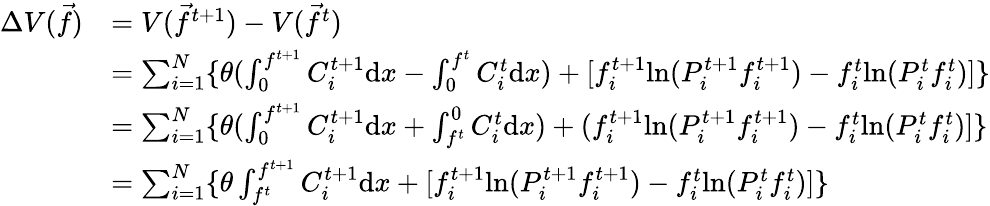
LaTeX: \begin{array}{rl}{\Delta V(\vec{f})}&{=V(\vec{f}^{t+1})-V(\vec{f}^{t})}\\ &{=\sum_{i=1}^{N}\{ \theta(\int_{0}^{f^{t+1}}{C_{i}^{t+1}}\mathrm{d}x-\int_{0}^{f^{t}}{C_{i}^{t}}\mathrm{d}x)+[f_{i}^{t+1}\mathrm{ln}(P_{i}^{t+1}f_{i}^{t+1})-f_{i}^{t}\mathrm{ln}(P_{i}^{t}f_{i}^{t})]\} }\\ &{=\sum_{i=1}^{N}\{ \theta(\int_{0}^{f^{t+1}}{C_{i}^{t+1}}\mathrm{d}x+\int_{f^{t}}^{0}{C_{i}^{t}}\mathrm{d}x)+(f_{i}^{t+1}\mathrm{ln}(P_{i}^{t+1}f_{i}^{t+1})-f_{i}^{t}\mathrm{ln}(P_{i}^{t}f_{i}^{t})]\} }\\ &{=\sum_{i=1}^{N}\{ \theta\int_{f^{t}}^{f^{t+1}}{C_{i}^{t+1}}\mathrm{d}x+[f_{i}^{t+1}\mathrm{ln}(P_{i}^{t+1}f_{i}^{t+1})-f_{i}^{t}\mathrm{ln}(P_{i}^{t}f_{i}^{t})]\} }\end{array}